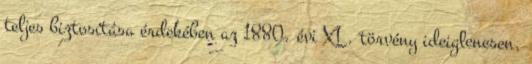
teljes biztosítása érdekében az 1880. évi XL. törvény ideiglenesen,